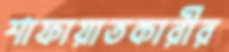
শাফায়াতকারীর